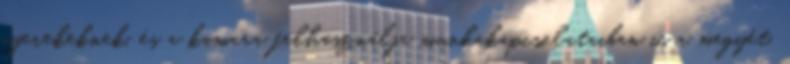
gyerekeknek, és a kamara felhasználja munkakapcsolataiban is a megyét,